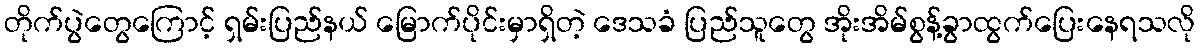
တိုက်ပွဲတွေကြောင့် ရှမ်းပြည်နယ် မြောက်ပိုင်းမှာရှိတဲ့ ဒေသခံ ပြည်သူတွေ အိုးအိမ်စွန့်ခွာထွက်ပြေးနေရသလို